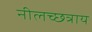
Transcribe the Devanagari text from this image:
नीलच्छत्राय